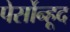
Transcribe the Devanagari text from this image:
पेर्सोन्हूद